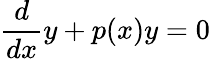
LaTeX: {\frac{d}{dx}}y+p(x)y=0